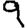
Digit: 9